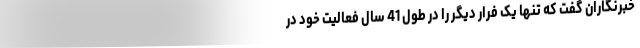
خبرنگاران گفت که تنها یک فرار دیگر را در طول 41 سال فعالیت خود در